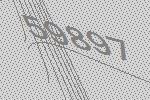
59897